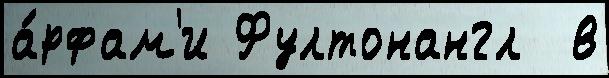
а́рфам'и Фултонангл  в